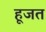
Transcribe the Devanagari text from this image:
हूजत